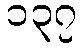
၁၃၇